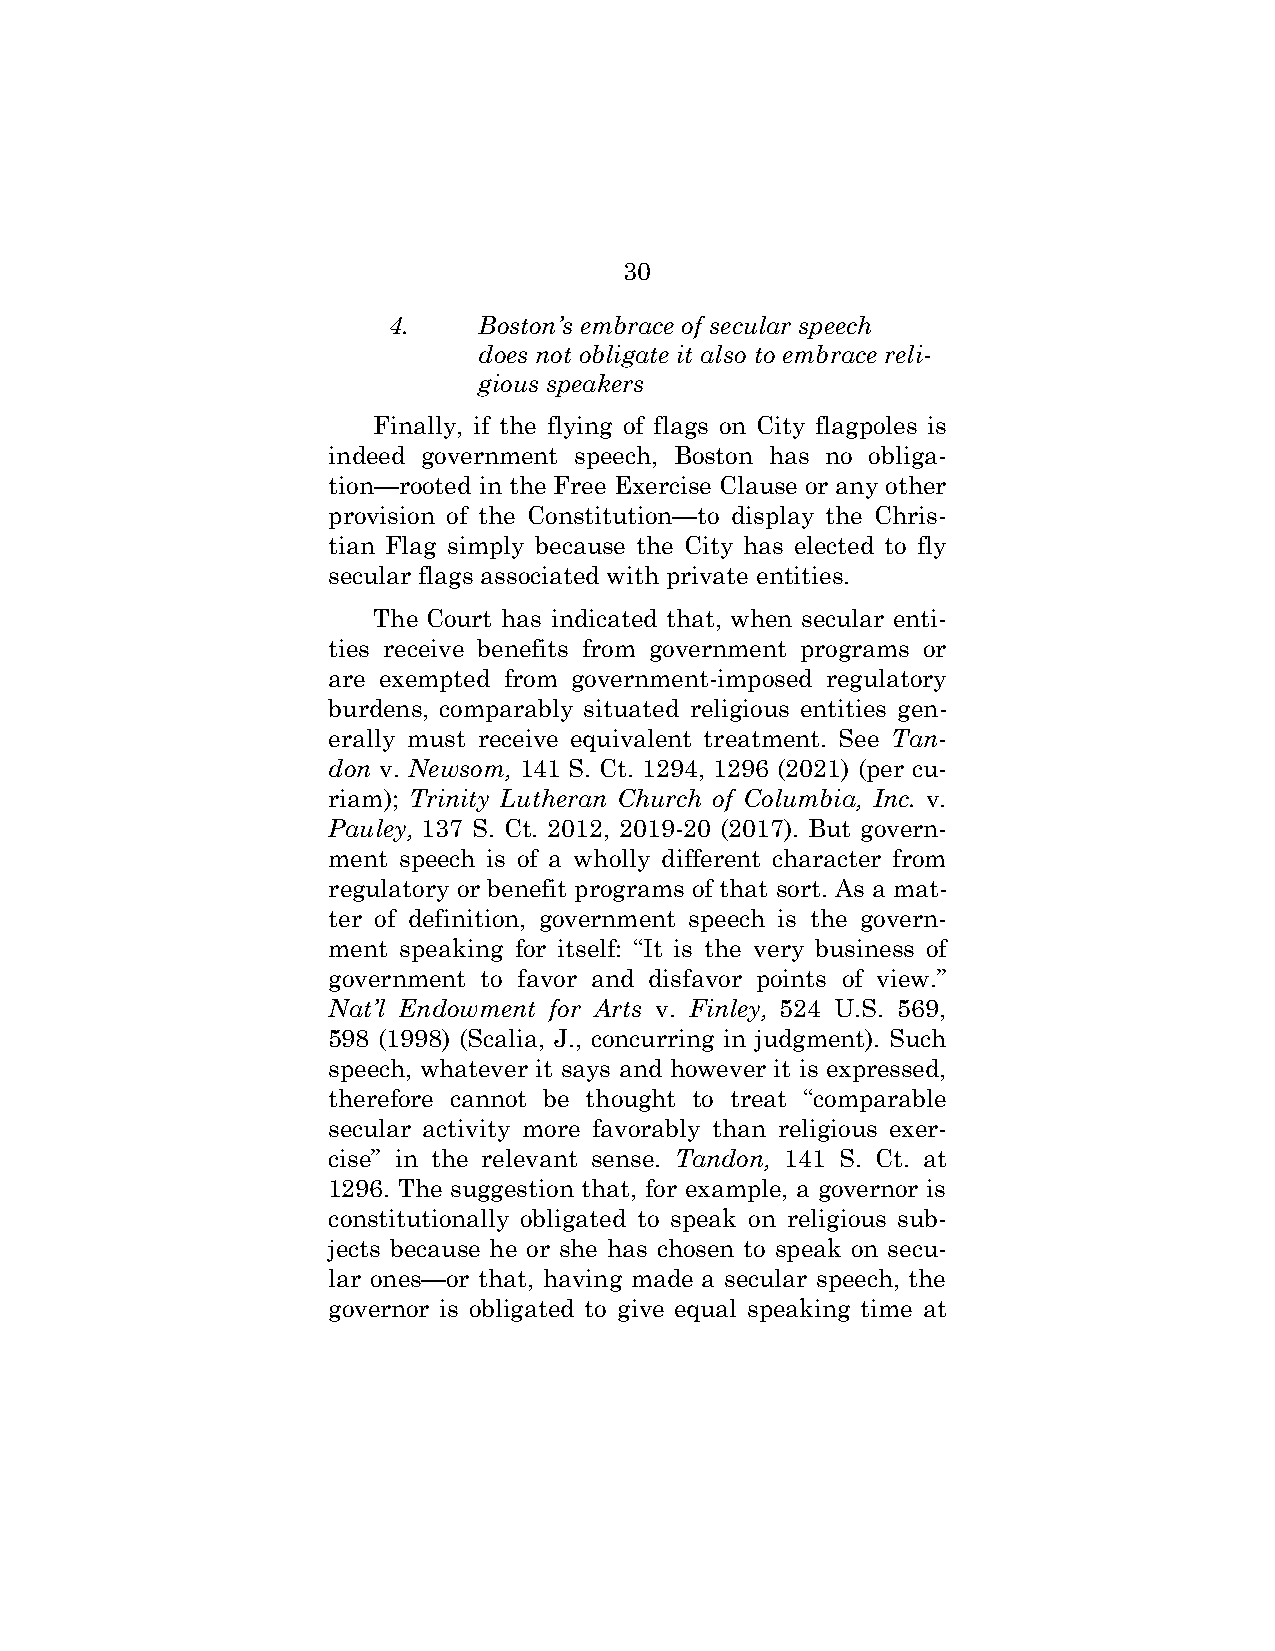
30
 4.    Boston’s embrace of secular speech
 does not obligate it also to embrace reli-
 gious speakers
 Finally, if the flying of flags on City flagpoles is
 indeed government speech, Boston has no obliga-
 tion—rooted in the Free Exercise Clause or any other
 provision of the Constitution—to display the Chris-
 tian Flag simply because the City has elected to fly
 secular flags associated with private entities.
 The Court has indicated that, when secular enti-
 ties receive benefits from government programs or
 are exempted from government-imposed regulatory
 burdens, comparably situated religious entities gen-
 erally must receive equivalent treatment. See Tan-
 don v. Newsom, 141 S. Ct. 1294, 1296 (2021) (per cu-
 riam); Trinity Lutheran Church of Columbia, Inc. v.
 Pauley, 137 S. Ct. 2012, 2019-20 (2017). But govern-
 ment speech is of a wholly different character from
 regulatory or benefit programs of that sort. As a mat-
 ter of definition, government speech is the govern-
 ment speaking for itself: “It is the very business of
 government to favor and disfavor points of view.”
 Nat’l Endowment for Arts v. Finley, 524 U.S. 569,
 598 (1998) (Scalia, J., concurring in judgment). Such
 speech, whatever it says and however it is expressed,
 therefore cannot be thought to treat “comparable
 secular activity more favorably than religious exer-
 cise” in the relevant sense. Tandon, 141 S. Ct. at
 1296. The suggestion that, for example, a governor is
 constitutionally obligated to speak on religious sub-
 jects because he or she has chosen to speak on secu-
 lar ones—or that, having made a secular speech, the
 governor is obligated to give equal speaking time at